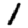
Digit: 1